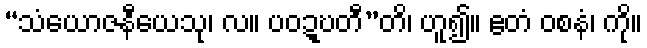
“သံယောဇနီယေသု၊ လ။ ပဝဍ္ဎတီ”တိ၊ ဟူ၍။ ဧတံ ဝစနံ၊ ကို။